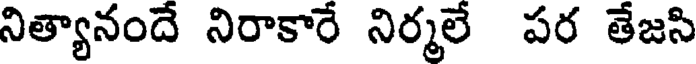
నిత్యానందే నిరాకారే నిర్మలే పర తేజసి